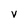
Character: V